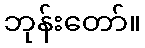
ဘုန်းတော်။